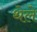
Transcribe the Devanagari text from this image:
थेले